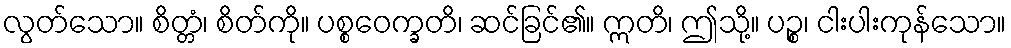
လွတ်သော။ စိတ္တံ၊ စိတ်ကို။ ပစ္စဝေက္ခတိ၊ ဆင်ခြင်၏။ ဣတိ၊ ဤသို့။ ပဉ္စ၊ ငါးပါးကုန်သော။